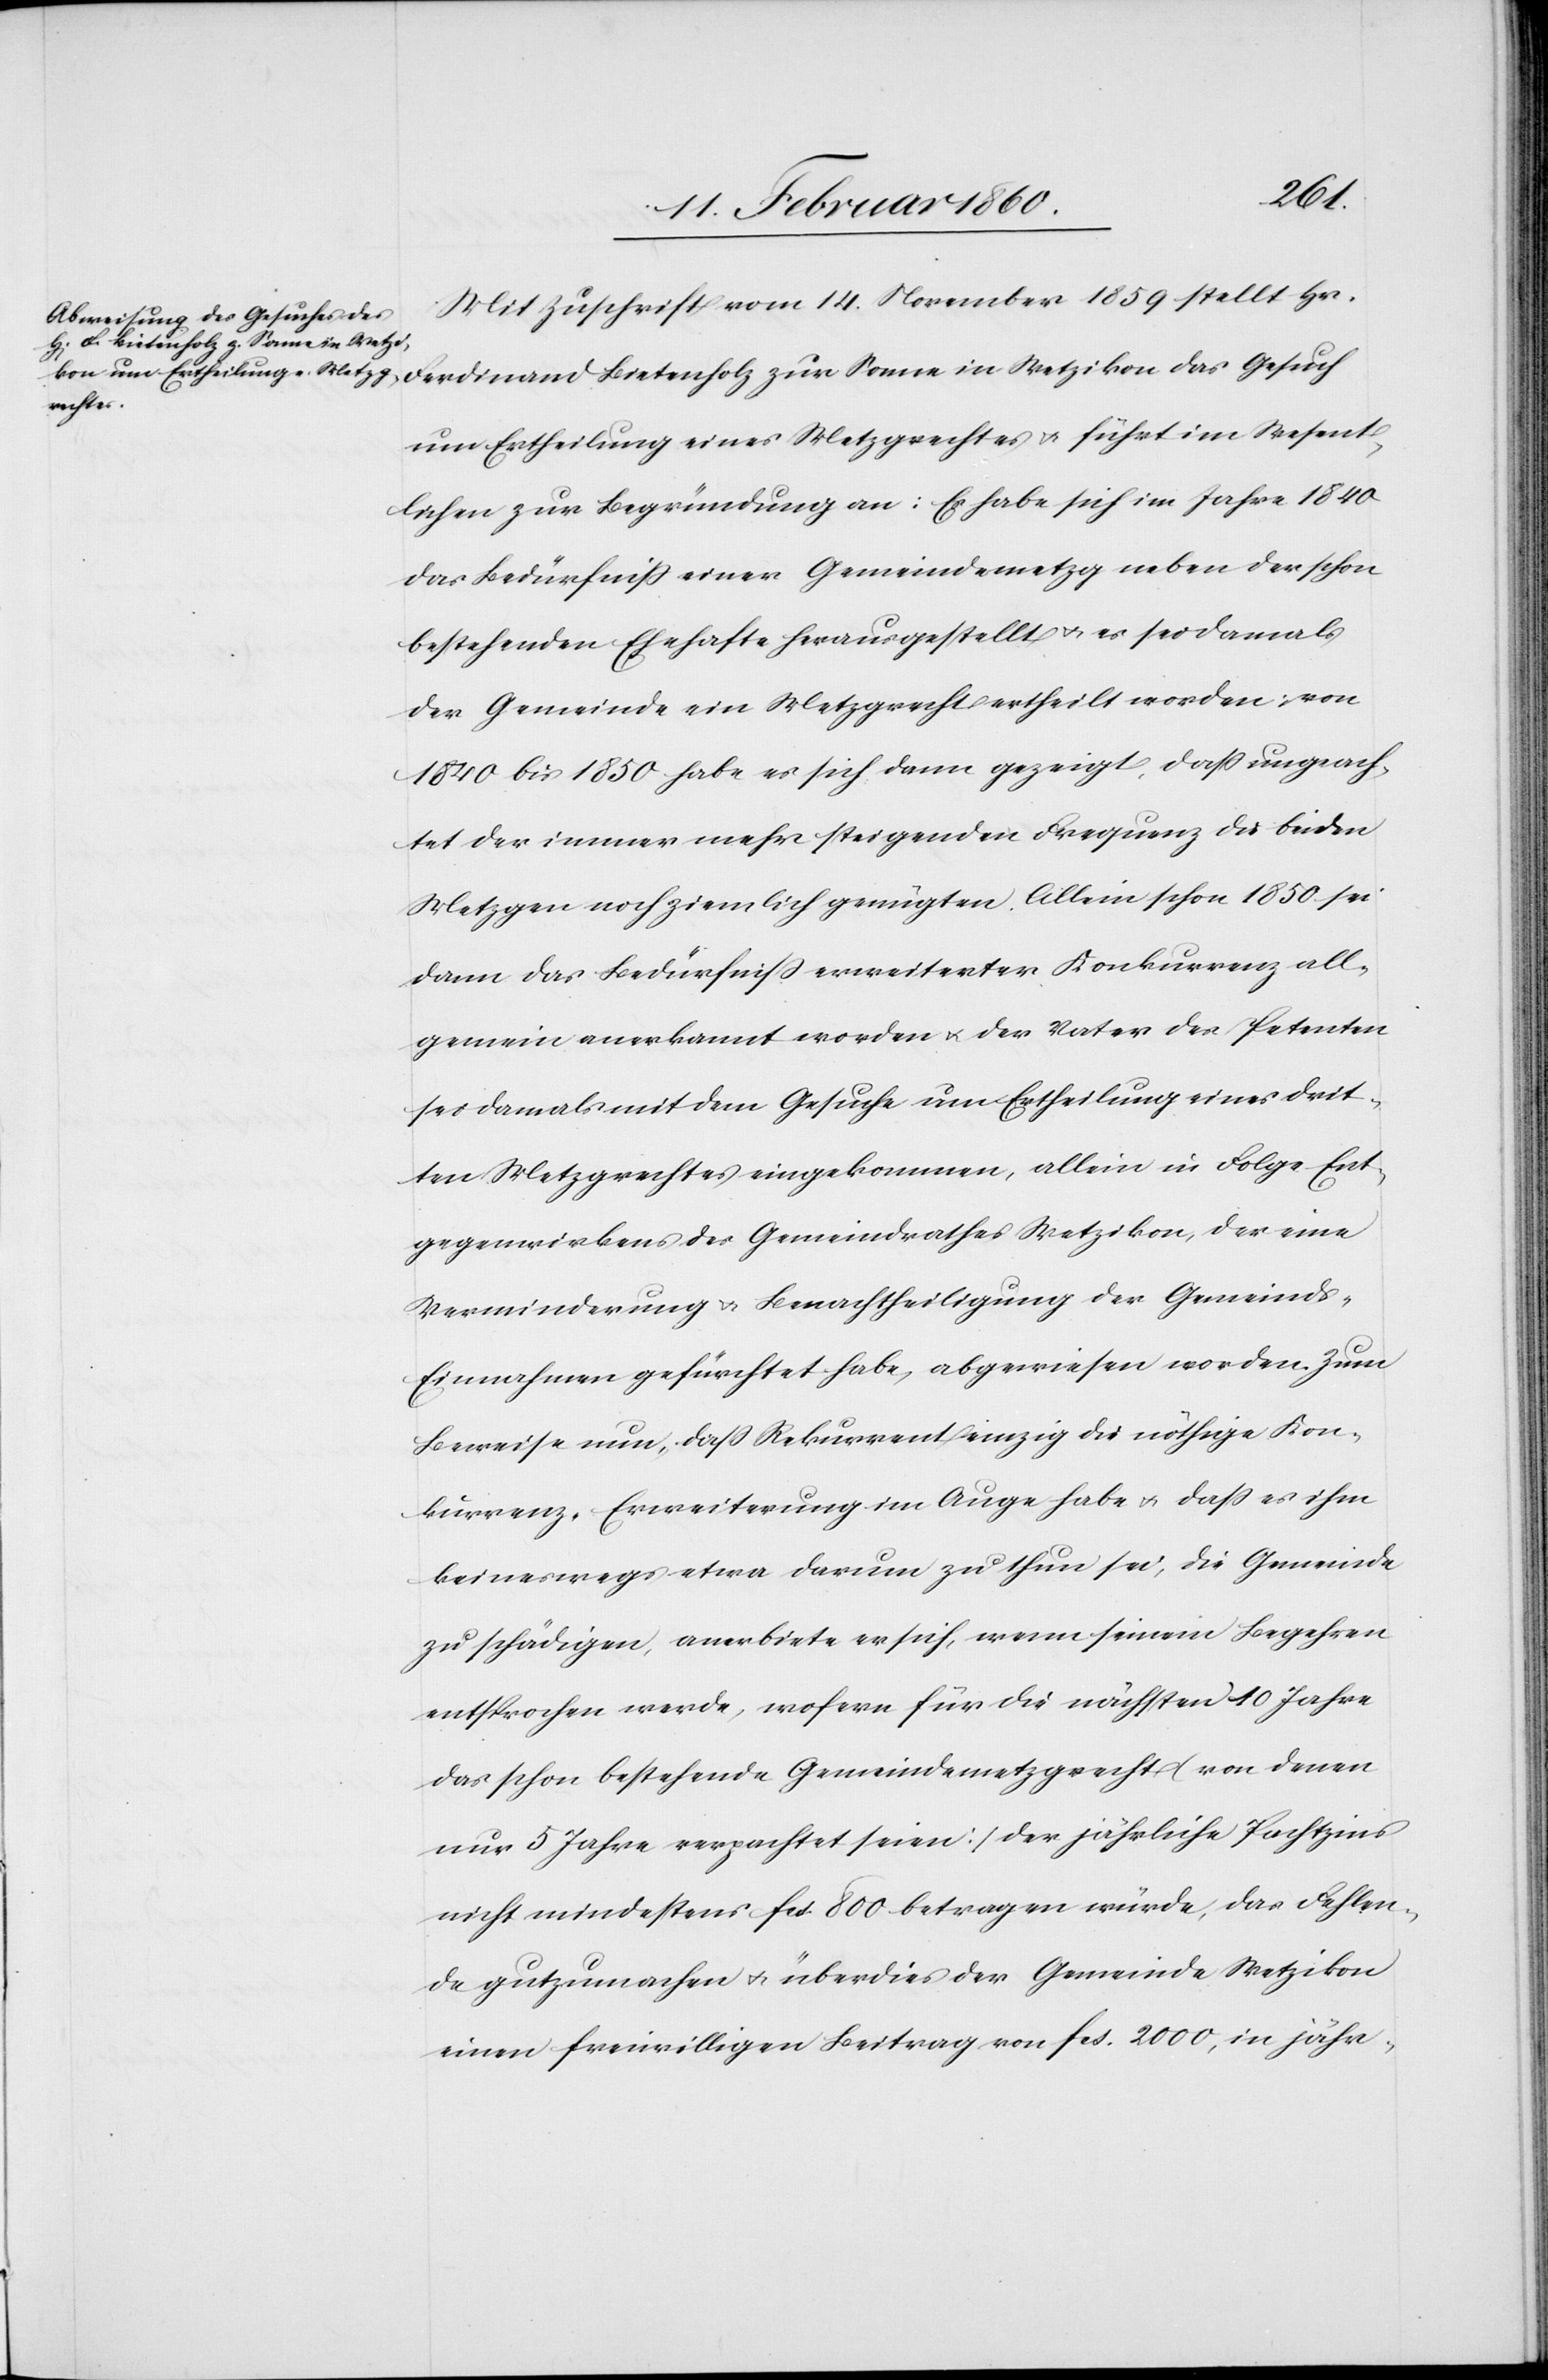
Mit Zuschrift vom 14. November 1859 stellt Hr.
um Ertheilung eines Metzgrechtes u. führt im Wesent¬
lichen zur Begründung an: Es habe sich im Jahre 1840
das Bedürfniss einer Gemeindemetzg neben der schon
bestehenden Ehehafte herausgestellt u. es sei damals
der Gemeinde ein Metzgrecht ertheilt worden; von
1840 bis 1850 habe es sich dann gezeigt, dass ungeach¬
tet der immer mehr steigenden Frequenz diebeiden
Metzgen noch ziemlich genügten. Allein schon 1850 sei
dann das Bedürfniss erweiterter Konkurrenz all¬
gemein anerkannt worden u. der Vater des Petenten
sei damals mit dem Gesuche um Ertheilung eines drit¬
ten Metzgrechtes eingekommen, allein in Folge Ent¬
gegenwirkens des Gemeindrathes Wetzikon, der eine
Verminderung u. Benachtheiligung der Gemeind¬
s-Einnahmen gefürchtet habe, abgewiesen worden. Zum
Beweise nun, dass Rekurrent einzig die nöthige Kon¬
kurrenz-Erweiterung im Auge habe u. dass es ihm
keineswegs etwa darum zu thun sei, die Gemeinde
zu schaden, anerbiete er sich, wenn seinem Begehren
entsprochen werde, wofern für die nächsten 10 Jahre
das schon bestehende Gemeindemetzgrecht [von denen
nur 5 Jahre verpachtet seien] der jährliche Pachtzins
nicht mindestens fcs. 800 betragen würde, das Fehlen¬
de gutzumachen u. überdies der Gemeinde Wetzikon
einen freiwilligen Beitrag von fcs. 2000, in jähr-